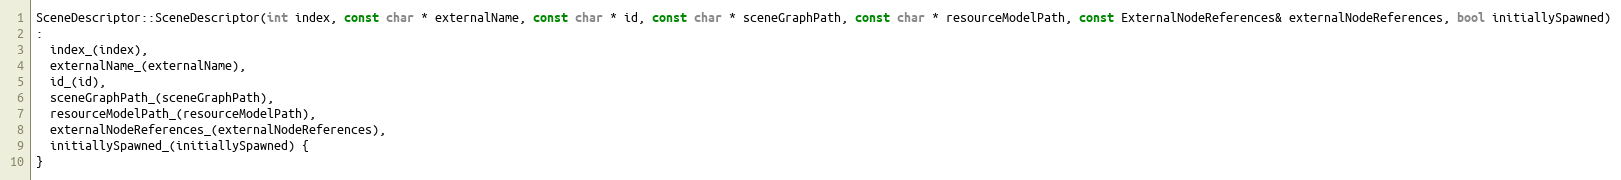
Language: C++
SceneDescriptor::SceneDescriptor(int index, const char * externalName, const char * id, const char * sceneGraphPath, const char * resourceModelPath, const ExternalNodeReferences& externalNodeReferences, bool initiallySpawned)
:
  index_(index),
  externalName_(externalName),
  id_(id),
  sceneGraphPath_(sceneGraphPath),
  resourceModelPath_(resourceModelPath),
  externalNodeReferences_(externalNodeReferences),
  initiallySpawned_(initiallySpawned) {
}